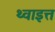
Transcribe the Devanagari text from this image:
थ्वाइत्त